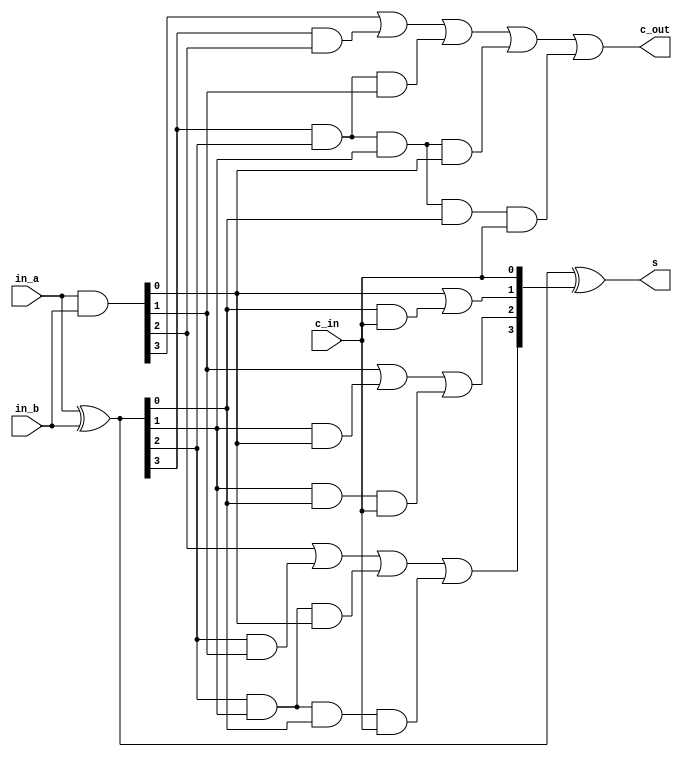
// Title: Carry Look Ahead Adder V 1.0 (No Changelog)
// Updated: 
//---------------------------------------------------------------------------
// This is a Verilog file that define a 4-bit Carry Lookahead Adder.
// 
//
//---------------------------------------------------------------------------
module claAdder4 (
    input   [3:0]   in_a,
    input   [3:0]   in_b,
    input           c_in,
    output  [3:0]   s,
    output          c_out
);

    wire [3:0] p, g, c;
    // Level 1
    assign c[0] = c_in;
    assign p[3:0] = in_a[3:0] ^ in_b[3:0];
    assign g[3:0] = in_a[3:0] & in_b[3:0];
    // Level 2
    assign c[1] = g[0] | (p[0] & c_in);
    assign c[2] = g[1] | (p[1] & g[0]) | (p[1] & p[0] & c_in);
    assign c[3] = g[2] | (p[2] & g[1]) | (p[2] & p[1] & g[0]) | (p[2] & p[1] & p[0] & c_in);
    // Level 3
    assign c_out = g[3] | (p[3] & g[2]) | (p[3] & p[2] & g[1]) | (p[3] & p[2] & p[1] & g[0]) | (p[3] & p[2] & p[1] & p[0] & c_in);
    assign s[3:0] = p[3:0] ^ c[3:0];
    
endmodule